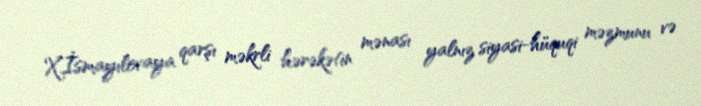
X.İsmayılovaya qarşı məkrli hərəkətin mənası yalnız siyasi-hüquqi məzmunu və